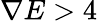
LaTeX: \nabla E>4